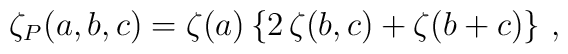
\zeta_P(a,b,c)=\zeta(a)\left\{2\,\zeta(b,c)+\zeta(b+c)\right\}\,,